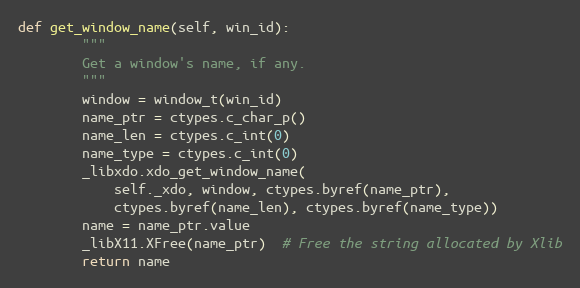
Language: Python
def get_window_name(self, win_id):
        """
        Get a window's name, if any.
        """
        window = window_t(win_id)
        name_ptr = ctypes.c_char_p()
        name_len = ctypes.c_int(0)
        name_type = ctypes.c_int(0)
        _libxdo.xdo_get_window_name(
            self._xdo, window, ctypes.byref(name_ptr),
            ctypes.byref(name_len), ctypes.byref(name_type))
        name = name_ptr.value
        _libX11.XFree(name_ptr)  # Free the string allocated by Xlib
        return name